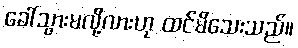
ခေါ်သွားမလို့လားဟု ထင်မိသေးသည်။